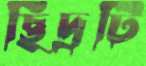
ছিদ্রটি